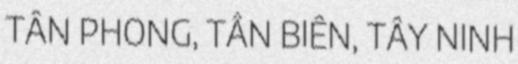
TÂN PHONG, TÂN BIÊN, TÂY NINH